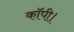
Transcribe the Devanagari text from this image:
कॉपी।